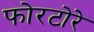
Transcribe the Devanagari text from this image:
फोरटोरे